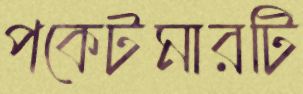
পকেটমারটি